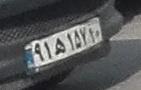
۹۱ه۱۵۷۱۰